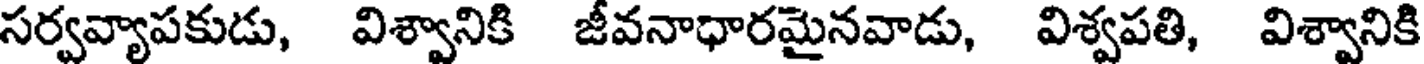
సర్వవ్యాపకుడు, విశ్వానికి జీవనాధారమైనవాడు, విశ్వపతి, విశ్వానికి